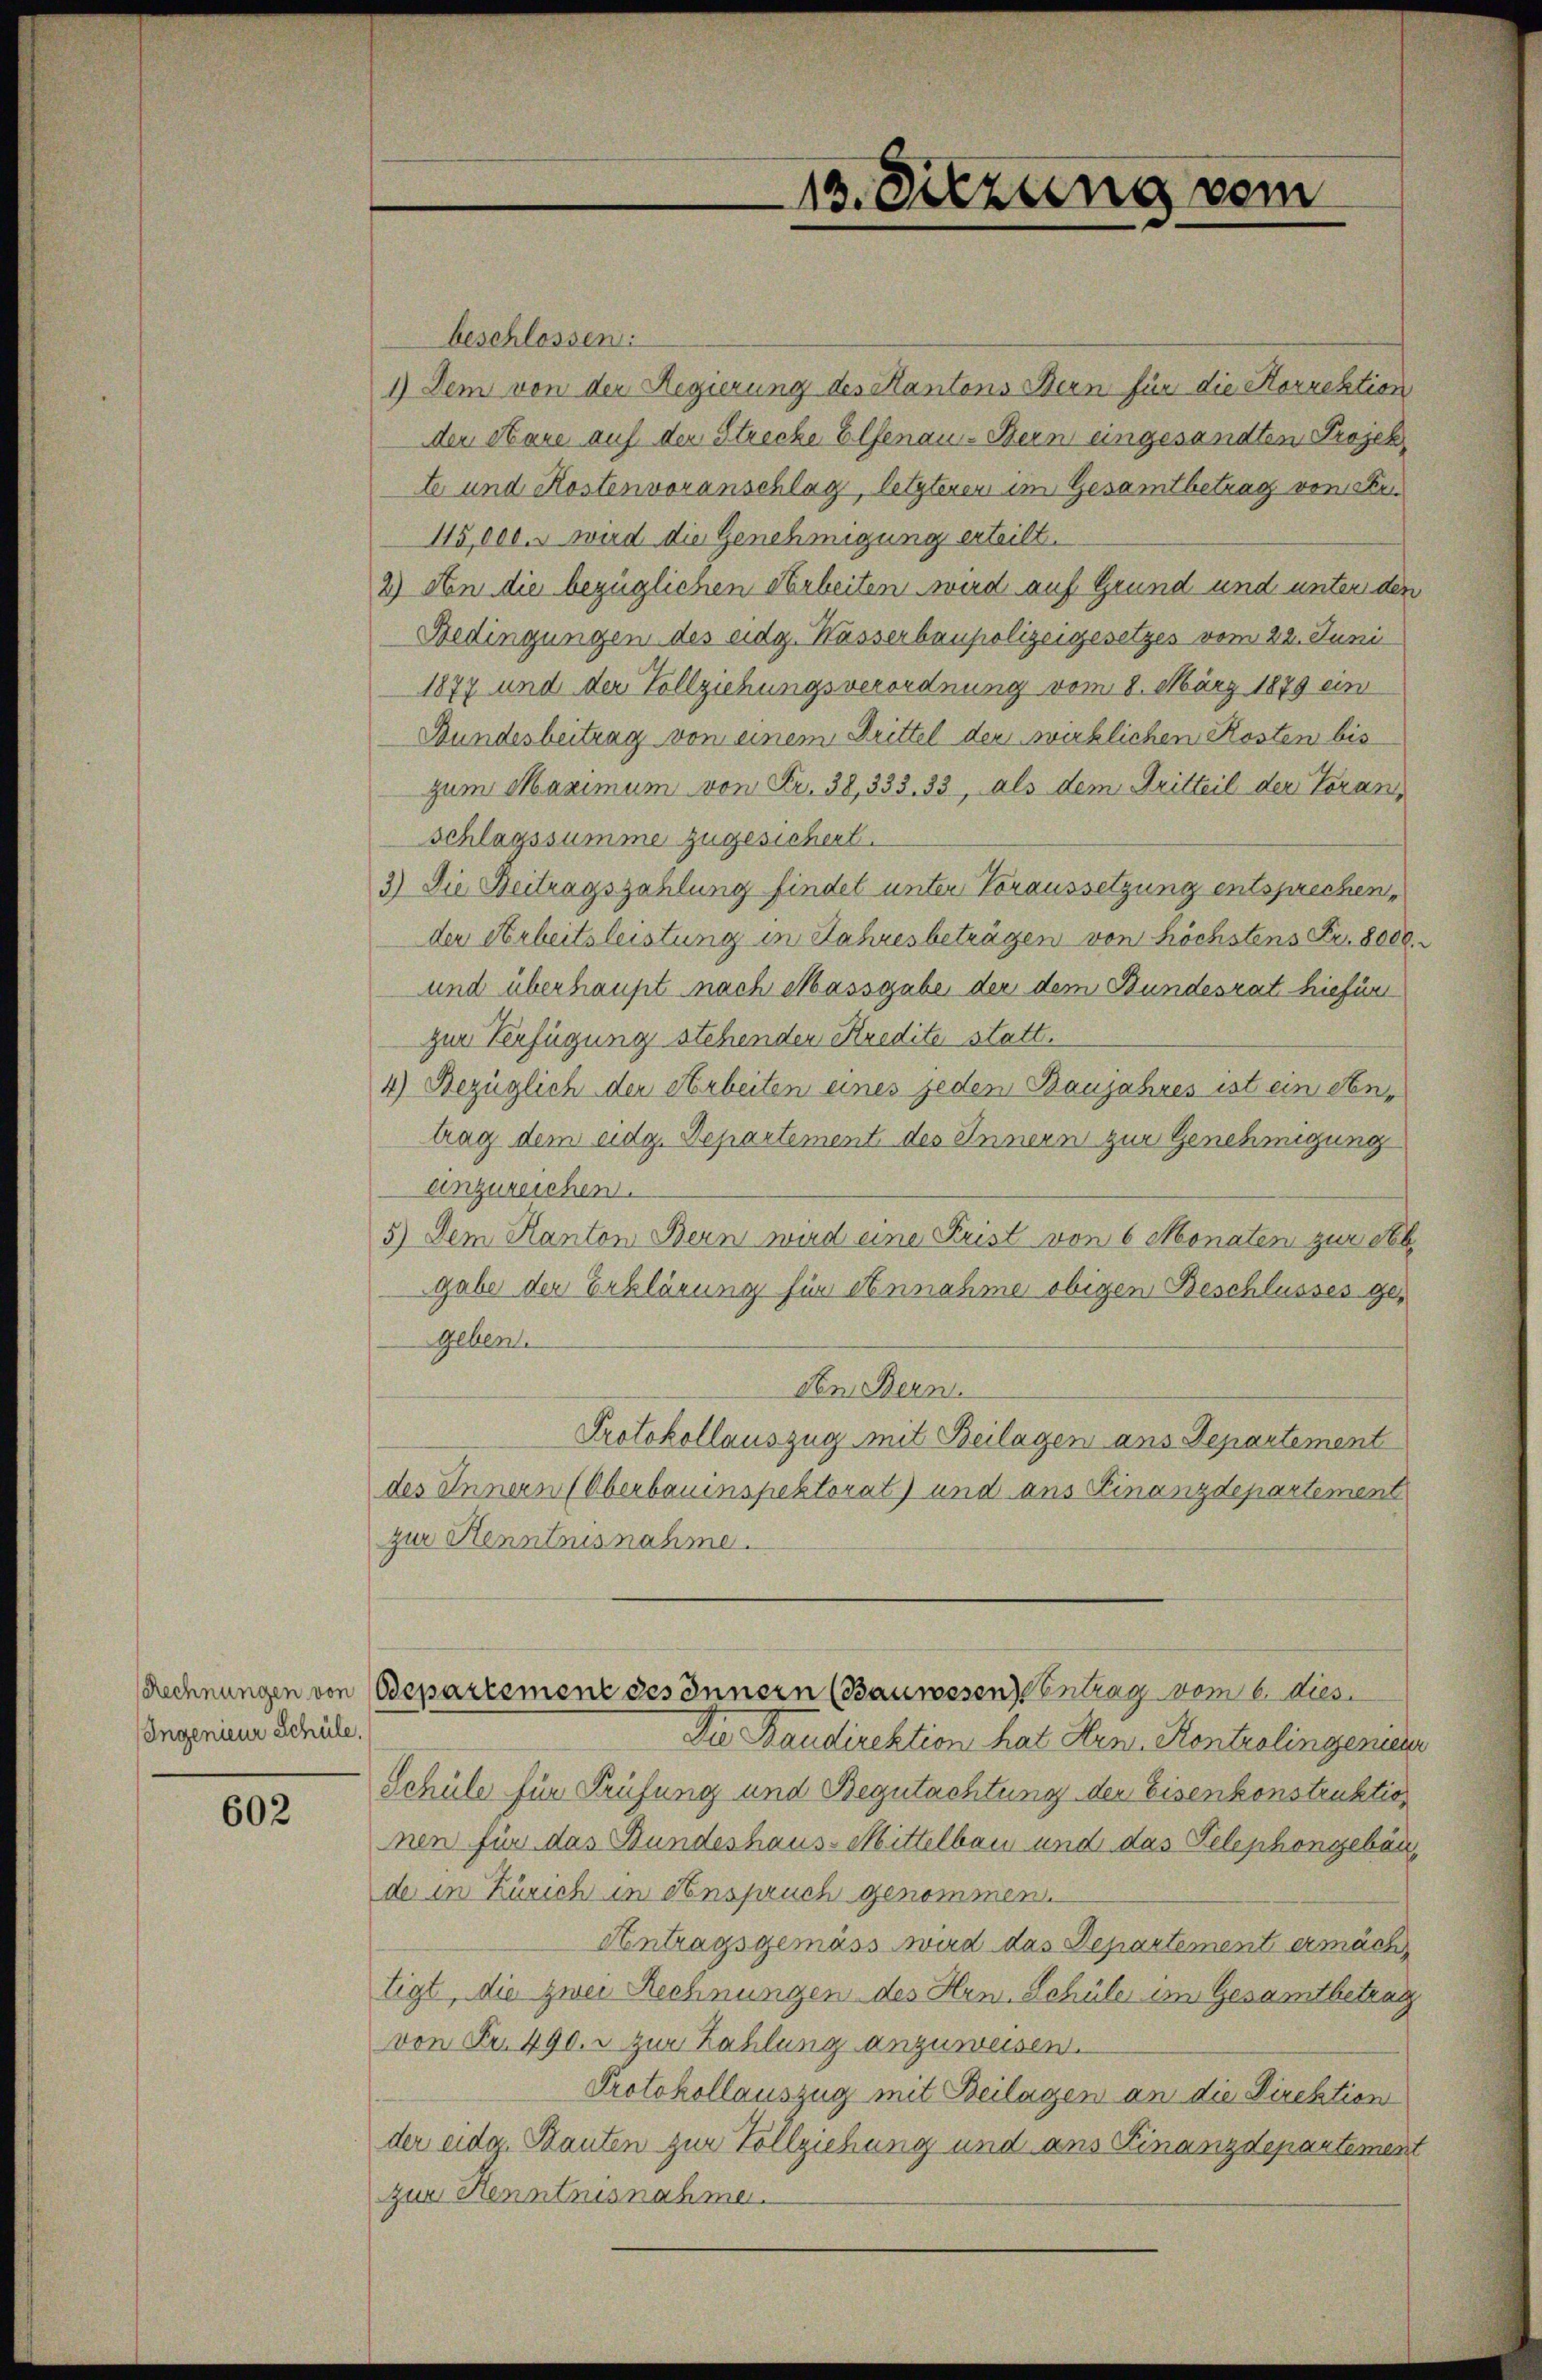
Ingenieur Schüle

602

beschlossen:
1) Dem von der Regierung des Kantons Bern für die Korrektion
der Aare auf der Strecke Elsenau - Bern eingesandten Projek
te und Kostenvoranschlag, letzteren im Gesamtbetrag von Se
15,000. wird die Genehmigung erteilt.
2) An die bezüglichen Arbeiten wird auf Grund und unter den
Bedingungen des eidg. Hasserbaupolizeigesetzes vom 22. Juni
1877 und der Vollziehungsverordnung vom 8. März 1879 ein
Bundesbeitrag von einem Drittel der wirklichen Kosten bis
zum Maximum von Fr. 38,333. 33, als dem Dritteil der Vorans
Schlagssumme zugesichert.
3) Die Beitragszahlung findet unter Voraussetzung entsprechen,
der Arbeitsleistung in Jahresbeträgen von höchstens Fr. 8000.
und überhaupt nach Massgabe der dem Bundesrat hiefür
zur Verfügung stehenden Kredite statt.
4) Bezüglich der Arbeiten eines jeden Banjahres ist ein Antrag dem eidg. Departement des Innern zur Genehmigung
einzureichen.
5.) Dem Kanton Bern wird eine Frist von 6 Monaten zur Seb
gabe der Erklärung für Annahme obigen Beschlusses gegeben.
Den Bern.
Protokollauszug mit Beilagen ans Departement
des Innern (Oberbauinspektorat) und aus Finanzdepartement
zur Kenntnisnahme.
Rechnungen von Departement des Innern (Bauwesen entrag vom 6. Dies
Die Baudirektion hat Hrn. Kontrolingeniere
Schüle für Prüfung und Begutachtung der Eisenkonstruktion
nen für das Bundeshaus-Mittelbau und das Telephongebäu
de in Zürich in Anspruch genommen.
Antragsgemäss wird das Departement ermäch
tigt, die zwei Rechnungen des Hrn. Schüle im Gesamtbetrag
von Fr. 490. - zur Zahlung anzuweisen.
Protokollauszug mit Beilagen an die Direktion
der eidg. Bauten zur Vollziehung und ans Finanzdepartement
zur Kenntnisnahme.

13. Sitzung vom